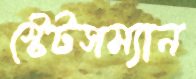
স্টেটসম্যান